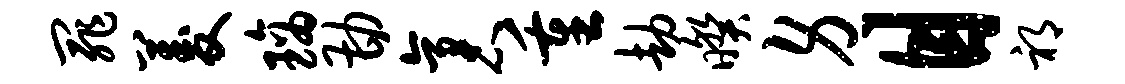
罪菱璃勘袤重劫暌身目祁